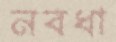
নবধা